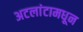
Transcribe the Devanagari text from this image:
अटलांटामधून